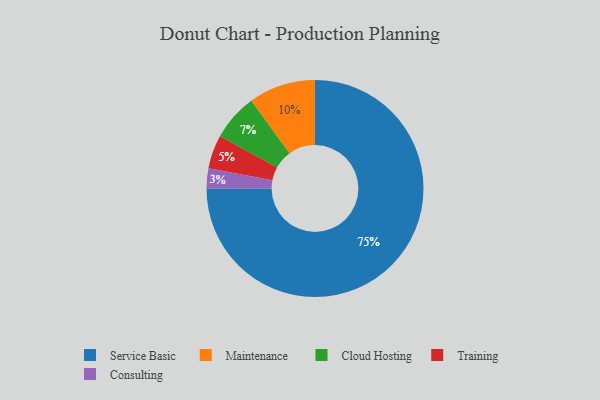
{"axis": {"x": "Category", "y": "Percentage"}, "legend": ["Cloud Hosting", "Consulting", "Maintenance", "Service Basic", "Training"], "data": [{"x": "Service Basic", "y": 75, "type": "Service Basic"}, {"x": "Maintenance", "y": 10, "type": "Maintenance"}, {"x": "Cloud Hosting", "y": 7, "type": "Cloud Hosting"}, {"x": "Consulting", "y": 3, "type": "Consulting"}, {"x": "Training", "y": 5, "type": "Training"}]}